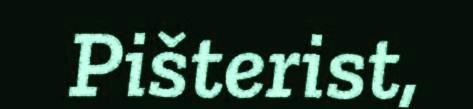
Pišterist,